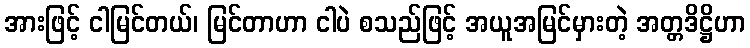
အားဖြင့် ငါမြင်တယ်၊ မြင်တာဟာ ငါပဲ စသည်ဖြင့် အယူအမြင်မှားတဲ့ အတ္တဒိဋ္ဌိဟာ